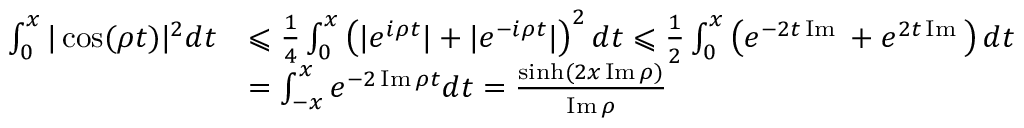
\begin{array} { r l } { \int _ { 0 } ^ { x } | \cos ( \rho t ) | ^ { 2 } d t } & { \leqslant \frac { 1 } { 4 } \int _ { 0 } ^ { x } \left( | e ^ { i \rho t } | + | e ^ { - i \rho t } | \right) ^ { 2 } d t \leqslant \frac { 1 } { 2 } \int _ { 0 } ^ { x } \left( e ^ { - 2 t \operatorname { I m \rho } } + e ^ { 2 t \operatorname { I m \rho } } \right) d t } \\ & { = \int _ { - x } ^ { x } e ^ { - 2 \operatorname { I m } \rho t } d t = \frac { \sinh ( 2 x \operatorname { I m } \rho ) } { \operatorname { I m } \rho } } \end{array}